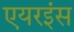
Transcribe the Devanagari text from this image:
एयरइंस